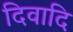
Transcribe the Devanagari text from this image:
दिवादि